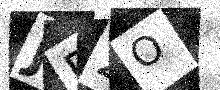
Text: JE2O